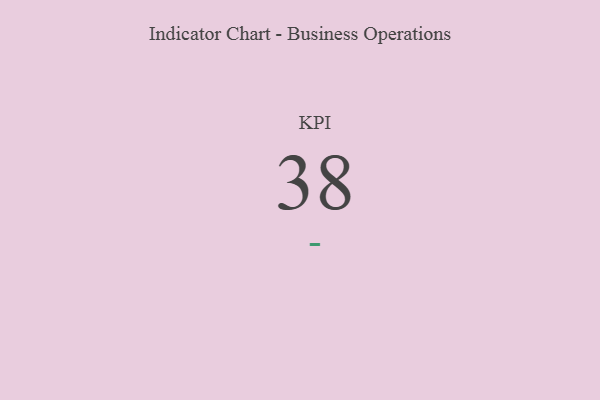
{"axis": {"x": "KPI", "y": "Value"}, "legend": [""], "data": [{"x": "KPI", "y": 38, "type": ""}]}